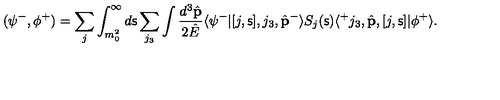
( \psi ^ { - } , \phi ^ { + } ) = \sum _ { j } \int _ { m _ { 0 } ^ { 2 } } ^ { \infty } d { \mathsf s } \sum _ { j _ { 3 } } \int \frac { d ^ { 3 } \hat { \bf p } } { 2 \hat { E } } \langle \psi ^ { - } | [ j , { \mathsf s } ] , j _ { 3 } , \hat { \bf p } ^ { - } \rangle S _ { j } ( { \mathsf s } ) \langle ^ { + } j _ { 3 } , \hat { \bf p } , [ j , { \mathsf s } ] | \phi ^ { + } \rangle .